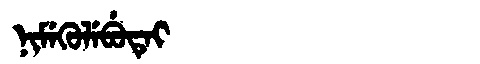
Manchu: ᠨᡳᠮᡝᡴᡠᠯᡝᠪᡠᡨᡝᡳ
Romanization: NIMEKULEBUTEI